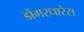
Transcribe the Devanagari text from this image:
डोंगरधारेस